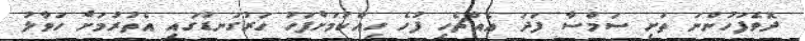
ދޮވެފަހުންނަ ތަށި ސަމްސާ ފަދަ އެއްޗެހި ފުހެ ހިއްކުމަށްފަހު ހަރުގަނޑުގައި އެތުރުމަށް ހަވާލު